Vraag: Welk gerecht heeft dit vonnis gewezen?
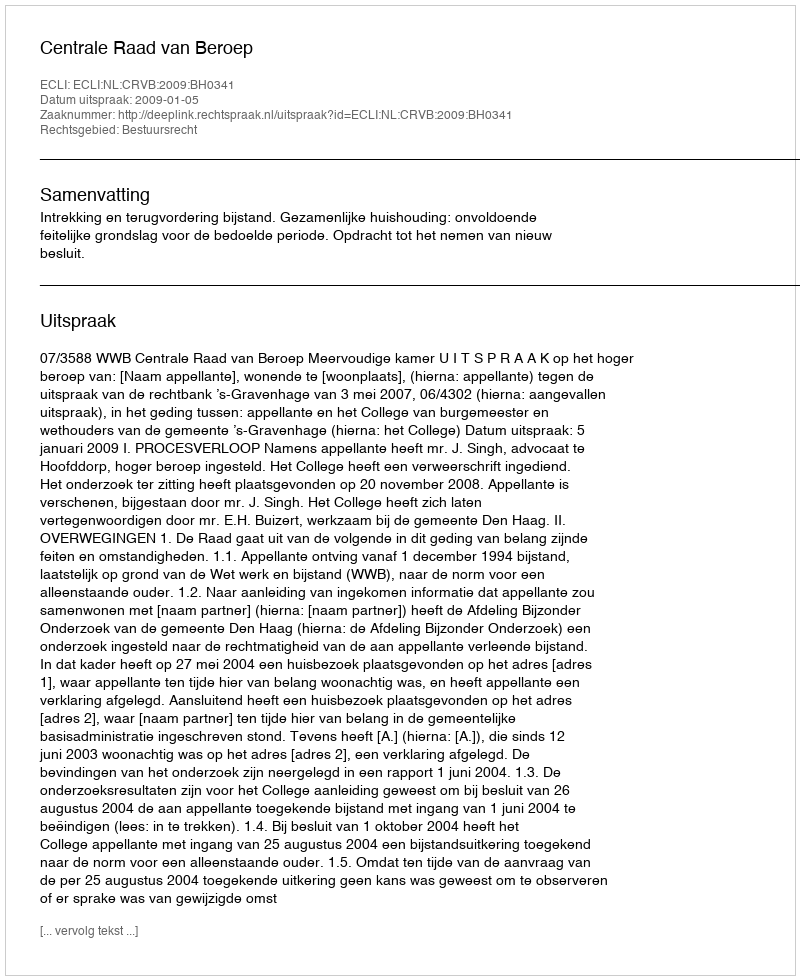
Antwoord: Centrale Raad van Beroep